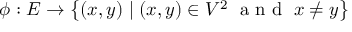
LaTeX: \phi : E \to \left\{ ( x , y ) \mid ( x , y ) \in V ^ { 2 } \; { \textrm { a n d } } \; x \neq y \right\}